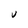
Character: V